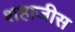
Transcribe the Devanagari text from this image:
शहाजीस